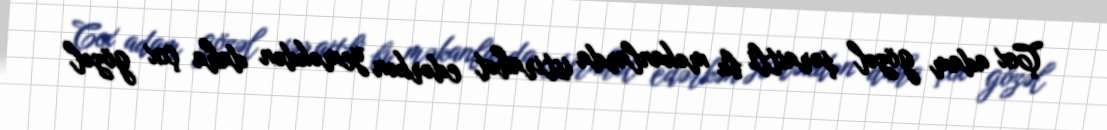
Çox adam gözəl şəraitli bu məkanlarda istirahət edərkən yeməkdən daha çox gözəl